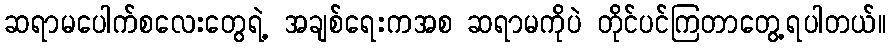
ဆရာမပေါက်စလေးတွေရဲ့ အချစ်ရေးကအစ ဆရာမကိုပဲ တိုင်ပင်ကြတာတွေ့ရပါတယ်။